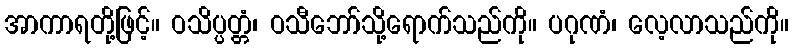
အာကာရတို့ဖြင့်။ ဝသိပ္ပတ္တံ၊ ဝသီဘော်သို့ရောက်သည်ကို။ ပဂုဏံ၊ လေ့လာသည်ကို။